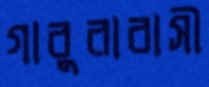
গাবুরাবাসী